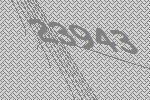
23943